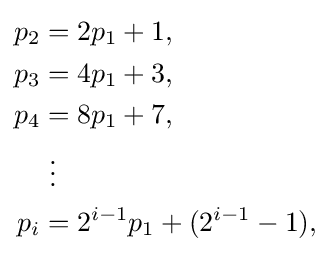
{\begin{aligned}p_{2}&=2p_{1}+1,\\p_{3}&=4p_{1}+3,\\p_{4}&=8p_{1}+7,\\&{}\ \vdots \\p_{i}&=2^{i-1}p_{1}+(2^{i-1}-1),\end{aligned}}